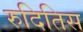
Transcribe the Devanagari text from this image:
रुदितिस